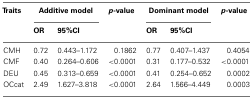
<table><thead><tr><td><b>Traits</b></td><td colspan="2"><b>Additive model</b></td><td><b><i>p</i>-value</b></td><td colspan="2"><b>Dominant model</b></td><td><b><i>p</i>-value</b></td></tr><tr><td></td><td><b>OR</b></td><td><b>95%CI</b></td><td></td><td><b>OR</b></td><td><b>95%CI</b></td><td></td></tr></thead><tbody><tr><td>CMH</td><td>0.72</td><td>0.443–1.172</td><td>0.1862</td><td>0.77</td><td>0.407–1.437</td><td>0.4054</td></tr><tr><td>CMF</td><td>0.40</td><td>0.264–0.606</td><td>&lt;0.0001</td><td>0.31</td><td>0.177–0.532</td><td>&lt;0.0001</td></tr><tr><td>DEU</td><td>0.45</td><td>0.313–0.659</td><td>&lt;0.0001</td><td>0.41</td><td>0.254–0.652</td><td>0.0002</td></tr><tr><td>OCcat</td><td>2.49</td><td>1.627–3.818</td><td>&lt;0.0001</td><td>2.64</td><td>1.566–4.449</td><td>0.0003</td></tr></tbody></table>